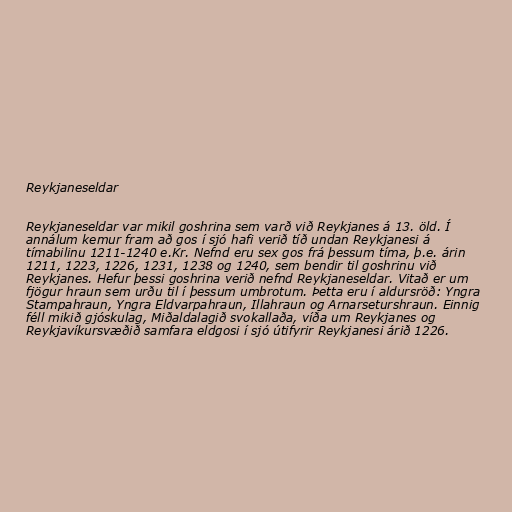
Reykjaneseldar

Reykjaneseldar var mikil goshrina sem varð við Reykjanes á 13. öld. Í
annálum kemur fram að gos í sjó hafi verið tíð undan Reykjanesi á
tímabilinu 1211-1240 e.Kr. Nefnd eru sex gos frá þessum tíma, þ.e. árin
1211, 1223, 1226, 1231, 1238 og 1240, sem bendir til goshrinu við
Reykjanes. Hefur þessi goshrina verið nefnd Reykjaneseldar. Vitað er um
fjögur hraun sem urðu til í þessum umbrotum. Þetta eru í aldursröð: Yngra
Stampahraun, Yngra Eldvarpahraun, Illahraun og Arnarseturshraun. Einnig
féll mikið gjóskulag, Miðaldalagið svokallaða, víða um Reykjanes og
Reykjavíkursvæðið samfara eldgosi í sjó útifyrir Reykjanesi árið 1226.